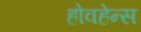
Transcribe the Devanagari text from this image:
होवहेन्स